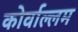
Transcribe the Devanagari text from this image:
कोर्वाल्लम